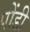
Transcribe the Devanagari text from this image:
पोंडी